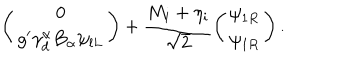
\left( \begin{array} { c } { { 0 } } \\ { { g ^ { \prime } \gamma _ { d } ^ { \alpha } B _ { \alpha } \psi _ { l L } } } \\ \end{array} \right) + \frac { M _ { i } + \eta _ { i } } { \sqrt { 2 } } \left( \begin{array} { c } { { \psi _ { 1 R } } } \\ { { \psi _ { 1 R } } } \\ \end{array} \right) .